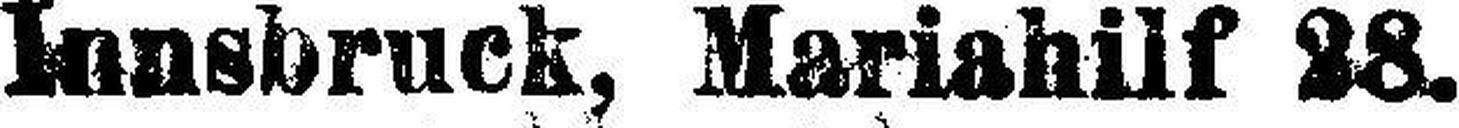
Innsbruck, Mariahilf 28.